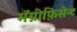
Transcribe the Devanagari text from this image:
मॅग्नीफ़िसेन्ट